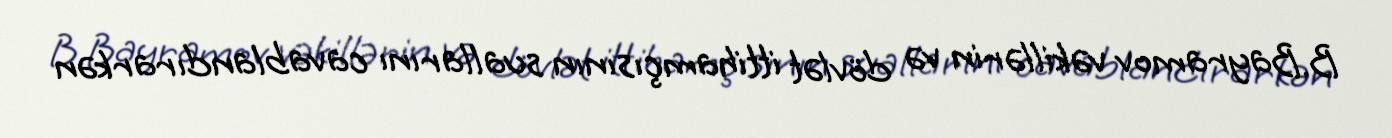
B.Bayramov vəkillərin və dövlət ittihamçısının suallarını cavablandırarkən